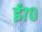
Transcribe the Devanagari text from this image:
ई७०